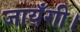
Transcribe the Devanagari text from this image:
जायँगी।